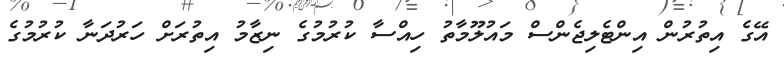
އޭގެ އިތުރުން އިންޓެލިޖެންސް މައުލޫމާތު ހިއްސާ ކުރުމުގެ ނިޒާމު އިތުރަށް ހަރުދަނާ ކުރުމުގެ